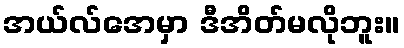
အယ်လ်အေမှာ ဒီအိတ်မလိုဘူး။